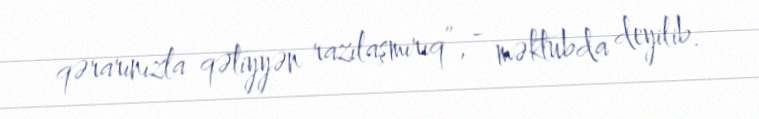
qərarınızla qətiyyən razılaşmırıq”, - məktubda deyilib.